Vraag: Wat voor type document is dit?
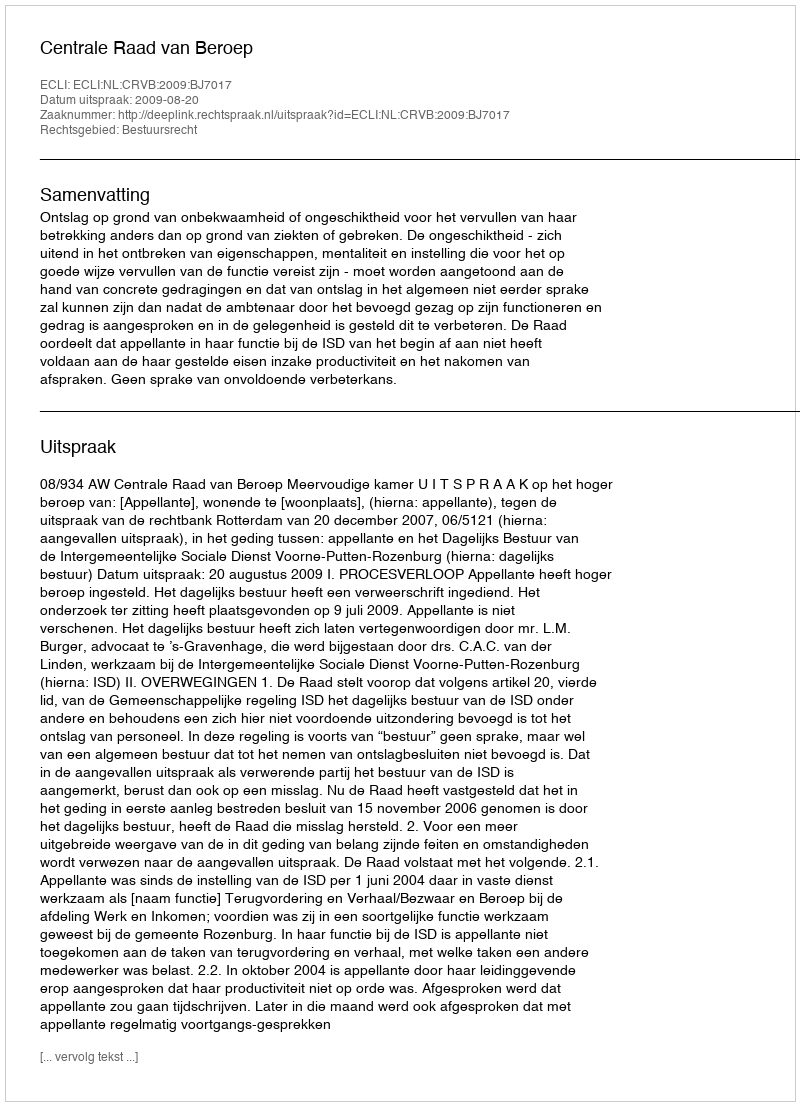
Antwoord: Uitspraak